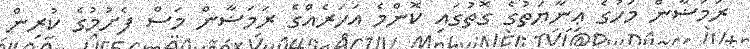
ރަމަޟާން މަހުގެ ޢިނާޔަތުގެ ގޮތުގައި ކޮންމެ އަހަރެއްގެ ރަމަޟާން މަސް ފެށުމުގެ ކުރިން